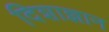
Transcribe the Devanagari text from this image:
दिशाज्ञान